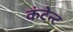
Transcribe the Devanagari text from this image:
कंटेन्ट